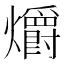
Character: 爝